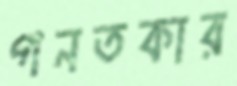
গনতকার